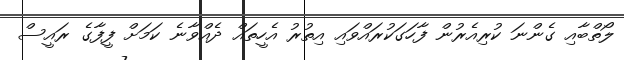
ލޯތްބާއި ގެންނަ ކުރިއެރުން ފާހަގަކުރައްވައި އިތުރު އެހީތައް ދެއްވާނެ ކަމަށް ފީފާގެ ރައީސް